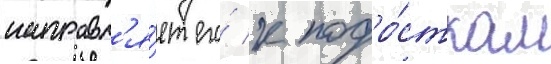
направл'я́ет его́ к подро́сткам